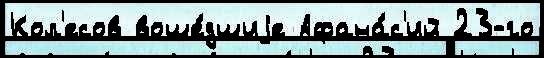
Кол'есов воше́дшиjе Афана́с'ий 23-го